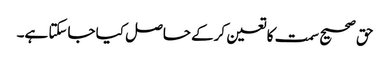
حق صحیح سمت کا تعین کرکے حاصل کیا جاسکتا ہے۔